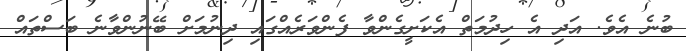
ބުނެ އެވެ. އަދި އެ ހިދުމަތް އެކަށީގެންވާ ފެންވަރެއްގައި ދިނުމަށް ބޭނުންވާނެ ބަސްތައް